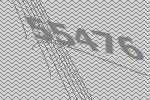
55476